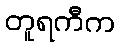
တူရကီက